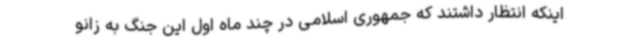
اینکه انتظار داشتند که جمهوری اسلامی در چند ماه اول این جنگ به زانو